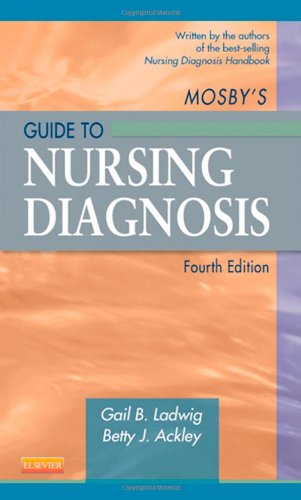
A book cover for Mosby's Guide to Nursing Diagnosis, 4e (Early Diagnosis in Cancer); Gail B. Ladwig MSN  RN; Medical Books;